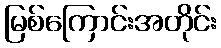
မြစ်ကြောင်းအတိုင်း